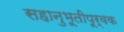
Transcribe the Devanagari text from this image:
सहानुभूतीपूर्वक